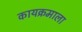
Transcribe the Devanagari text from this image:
कायक्रमाला